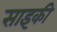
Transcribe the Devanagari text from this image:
साइकी